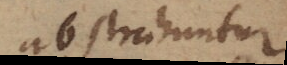
abstrahuntur